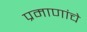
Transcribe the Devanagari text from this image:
प्रमाणांचे